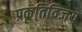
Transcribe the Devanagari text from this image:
प्रकृतिविजय